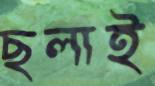
ছলাই